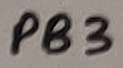
Text: PB3